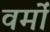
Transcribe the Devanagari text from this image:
वर्मों